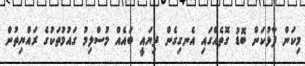
މިކަން ފާޅުކަން ބޮޑު ގޮތެއްގައި އެނގިގެން ދިޔައީ ބައެއް މުސްލިމު ގައުމުތަކުގެ ރައްޔިތުން